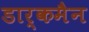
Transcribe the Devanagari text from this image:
डार्कमैन